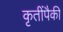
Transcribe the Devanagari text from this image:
कृतींपैकी